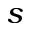
s